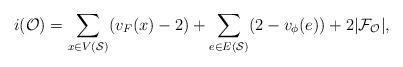
LaTeX: \begin{align*}i(\mathcal{O})=\sum_{x\in V(\mathcal{S})}(v_F(x)-2)+\sum_{e\in E(\mathcal{S})}(2-v_{\phi}(e))+2|\mathcal{F}_{\mathcal{O}}|,\end{align*}